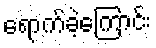
ရောက်ခဲ့ကြောင်း